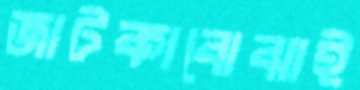
জাটকাবোঝাই